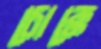
চোক্কে